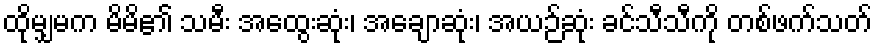
ထိုမျှမက မိမိ၏ သမီး အထွေးဆုံး၊ အချောဆုံး၊ အယဉ်ဆုံး ခင်သီသီကို တစ်ဖက်သတ်